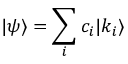
| \psi \rangle = \sum _ { i } c _ { i } | { k _ { i } } \rangle